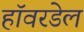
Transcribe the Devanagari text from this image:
हॉवरडेल